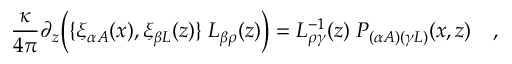
{ \frac { \kappa } { 4 \pi } } \partial _ { z } \Bigl ( \{ \xi _ { \alpha A } ( x ) , \xi _ { \beta L } ( z ) \} \; L _ { \beta \rho } ( z ) \Bigr ) = L _ { \rho \gamma } ^ { - 1 } ( z ) \; P _ { ( \alpha A ) ( \gamma L ) } ( x , z ) \quad ,